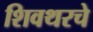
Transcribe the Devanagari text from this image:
शिवथरचे